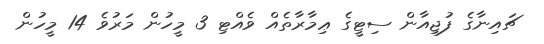
ޗައިނާގެ ފުޖިއާން ސިޓީގެ ޢިމާރާތެއް ވެއްޓި 3 މީހުން މަރުވެ 14 މީހުން